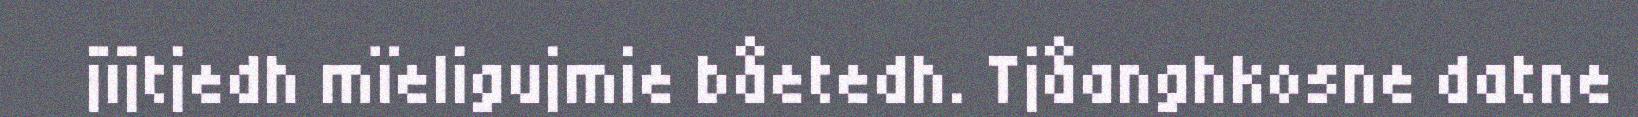
jïjtjedh mïeligujmie båetedh. Tjåanghkosne datne